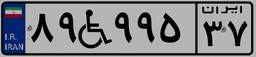
۸۹W۹۹۵۳۷